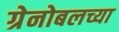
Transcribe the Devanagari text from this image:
ग्रेनोबलच्या